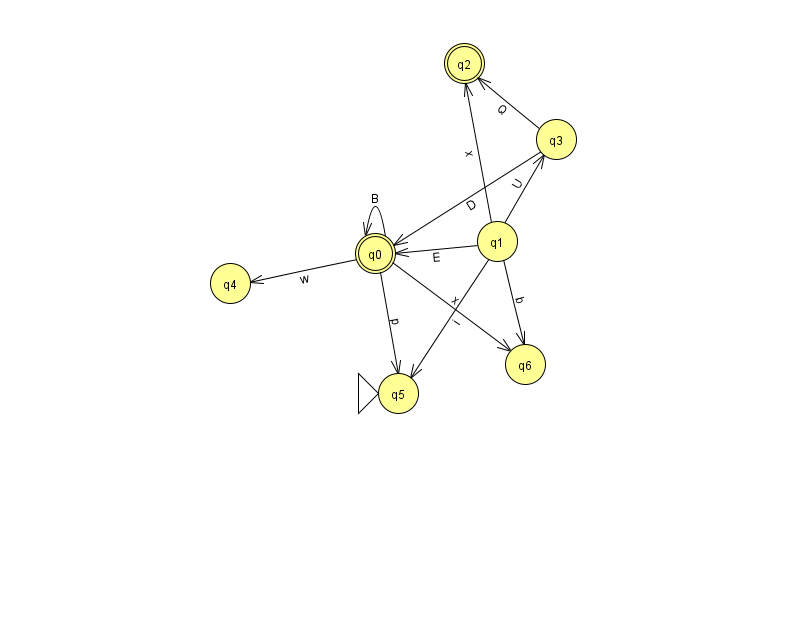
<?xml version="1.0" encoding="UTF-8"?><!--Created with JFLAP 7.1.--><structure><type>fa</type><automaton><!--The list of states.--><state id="0" name="q0"><x>375.0</x><y>240.0</y><final/></state><state id="1" name="q1"><x>497.0</x><y>228.0</y></state><state id="2" name="q2"><x>464.0</x><y>50.0</y><final/></state><state id="3" name="q3"><x>556.0</x><y>126.0</y></state><state id="4" name="q4"><x>230.0</x><y>270.0</y></state><state id="5" name="q5"><x>398.0</x><y>380.0</y><initial/></state><state id="6" name="q6"><x>525.0</x><y>351.0</y></state><!--The list of transitions.--><transition><from>0</from><to>4</to><read>w</read></transition><transition><from>0</from><to>0</to><read>B</read></transition><transition><from>3</from><to>0</to><read>D</read></transition><transition><from>0</from><to>5</to><read>p</read></transition><transition><from>1</from><to>6</to><read>b</read></transition><transition><from>1</from><to>5</to><read>i</read></transition><transition><from>0</from><to>6</to><read>x</read></transition><transition><from>1</from><to>0</to><read>E</read></transition><transition><from>1</from><to>3</to><read>U</read></transition><transition><from>1</from><to>2</to><read>x</read></transition><transition><from>3</from><to>2</to><read>Q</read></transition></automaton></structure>